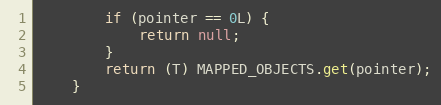
Language: Java
        if (pointer == 0L) {
            return null;
        }
        return (T) MAPPED_OBJECTS.get(pointer);
    }